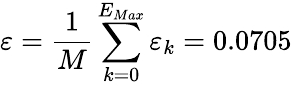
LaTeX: \varepsilon=\frac{1}{M}\sum_{k=0}^{E_{Max}}\varepsilon_{k}=0.0705